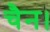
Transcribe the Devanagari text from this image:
चैन।